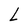
Character: L